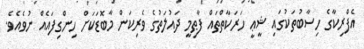
އެފްރިކާގެ ހިސާބުތަކުގައި ޝީޢީ ހަރަކާތްތައް ފާޠިމީ ދައުލަތުގެ ވެރިކަން މާބޮޑަކަށް ހިންގިފައެއް ނުވެއެވެ.